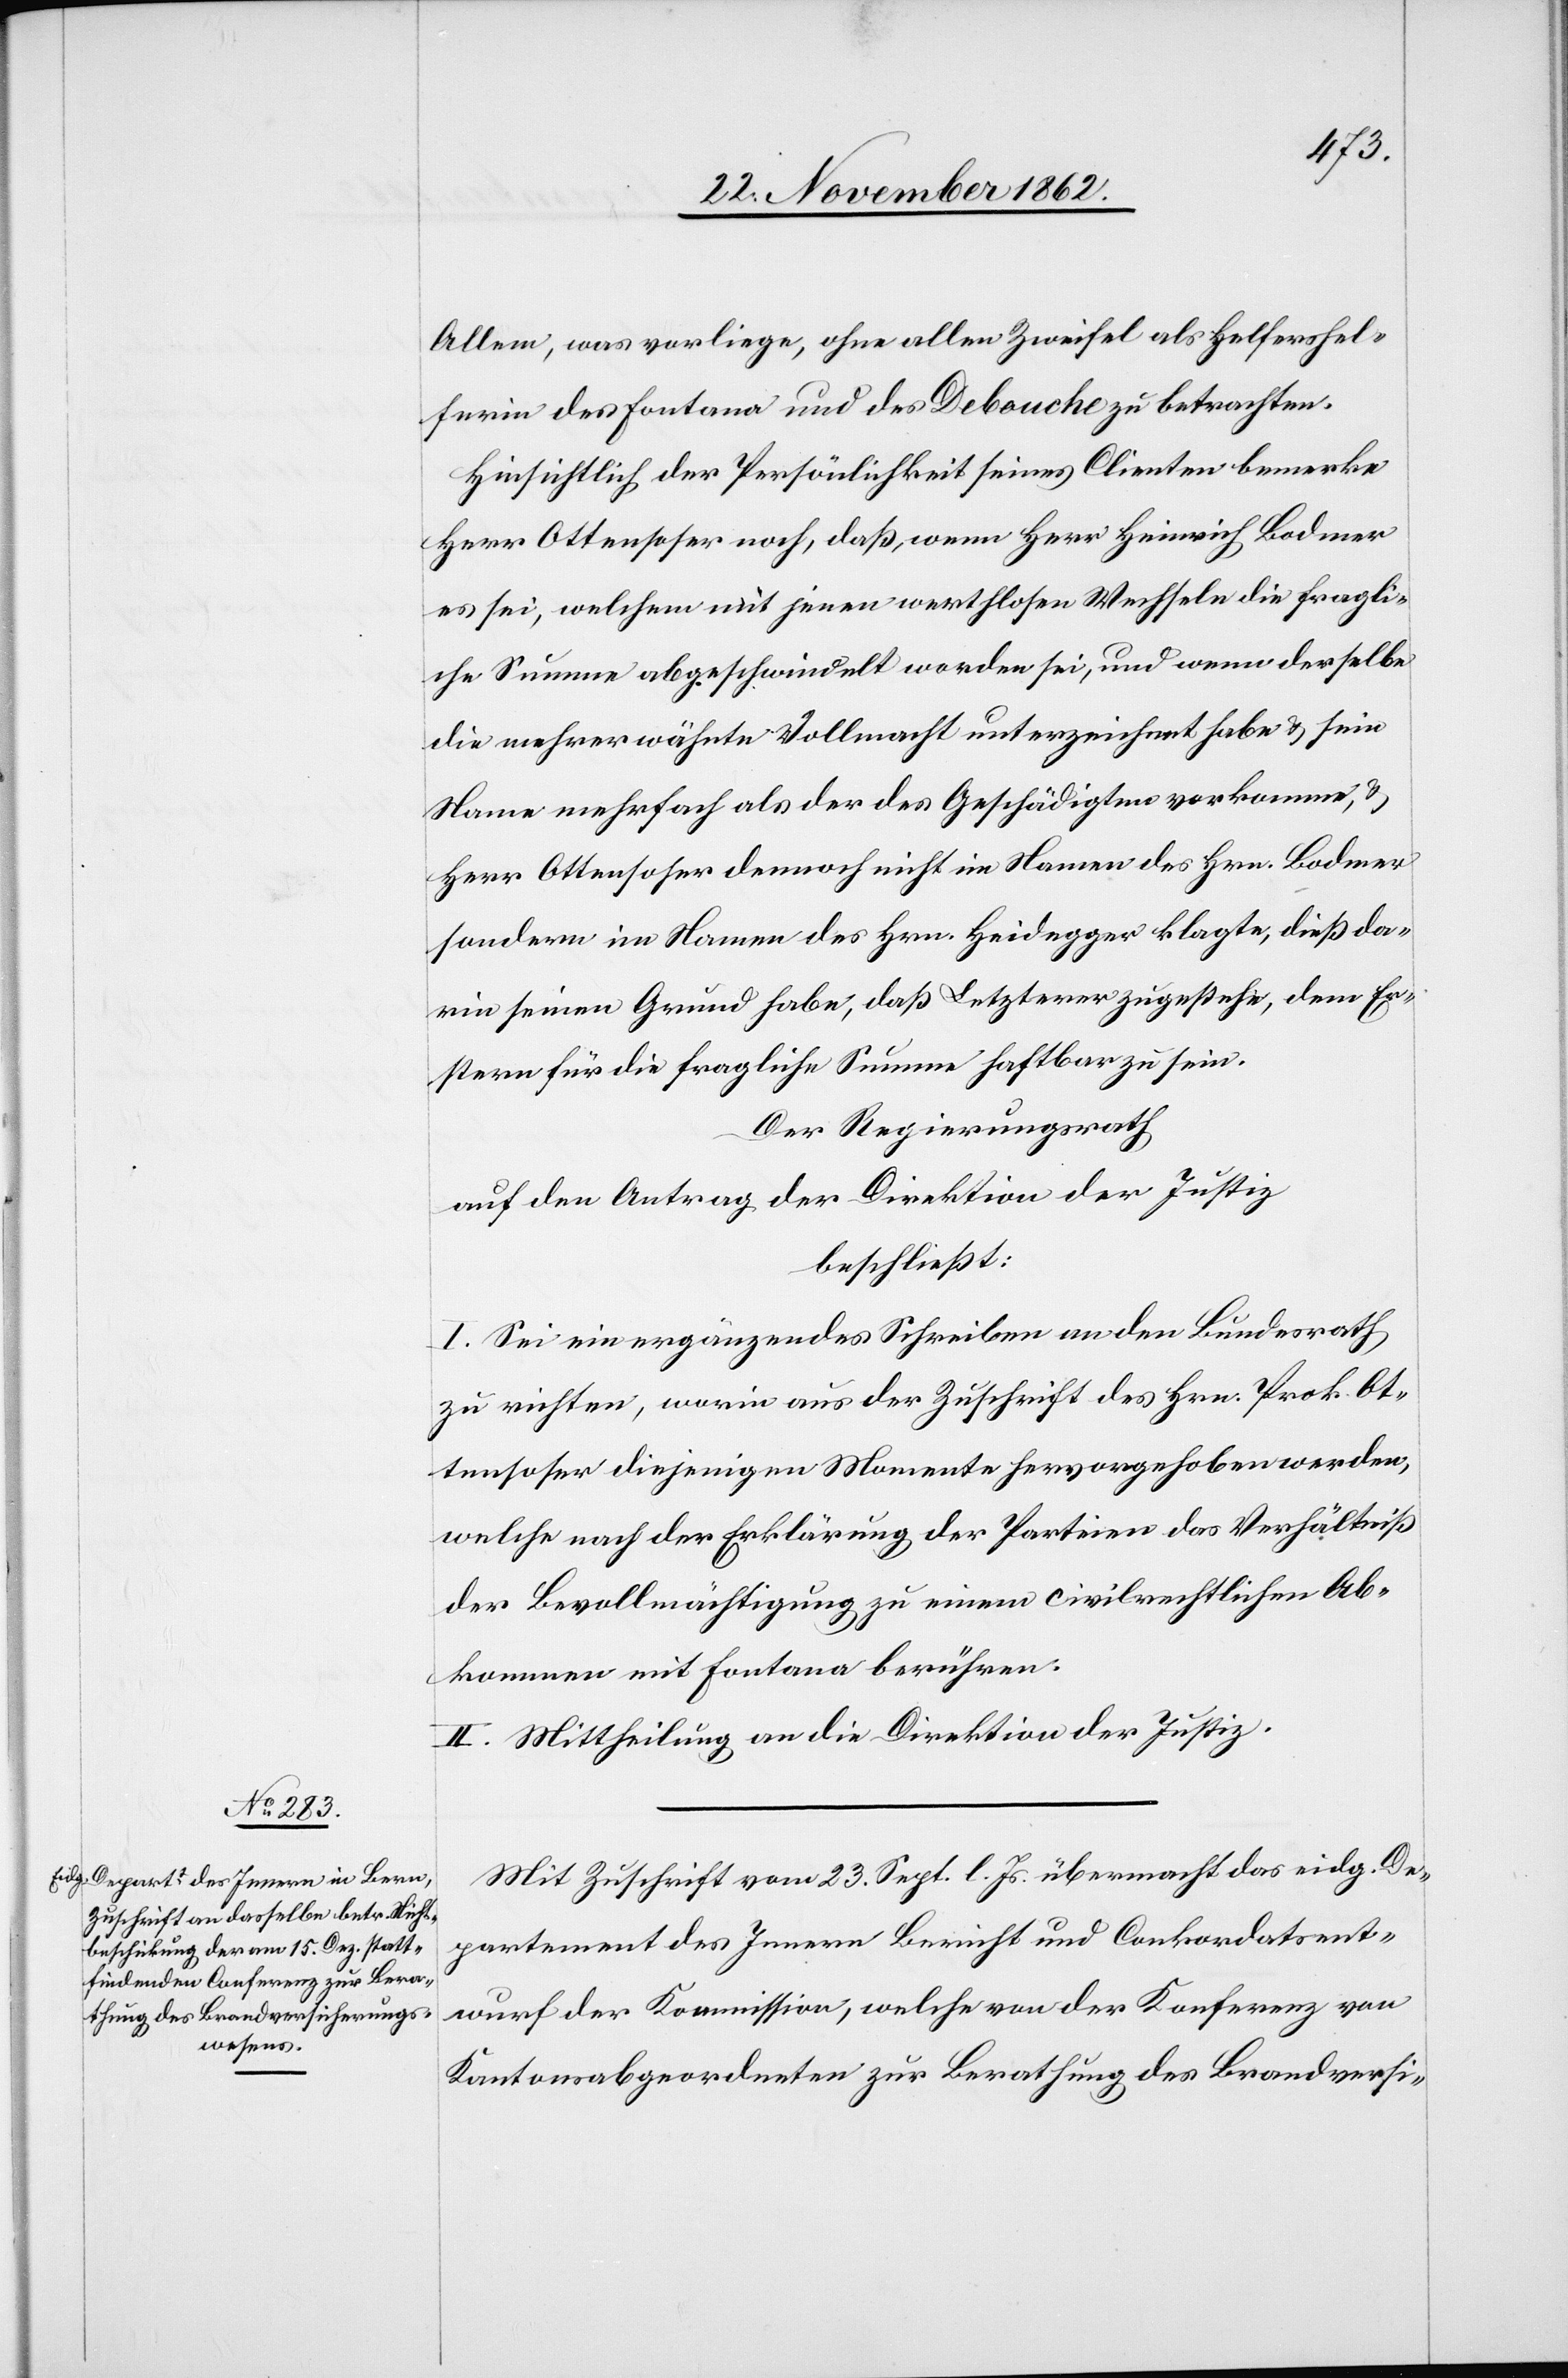
Allem, was vorliege, ohne allen Zweifel als Helfershel¬
ferin des Fontana und des Debouche zu betrachten.
Hinsichtlich der Persönlichkeit seines Clienten bemerke
Herr Ottensoser noch, daß, wenn Herr Heinrich Bodmer
es sei, welchem mit jenen werthlosen Wechseln die fragli¬
che Summe abgeschwindelt worden sei, und wenn derselbe
die mehrerwähnte Vollmacht unterzeichnet habe u. sein
Namen mehrfach als der des Geschädigten vorkomme, u.
Herr Ottensoser dennoch nicht im Namen des Hrn. Bodmer
sondern im Namen des Hrn. Heidegger klagte, dieß da¬
rin seinen Grund habe, daß Letzterer zugestehe, dem Er¬
stern für die fragliche Summe haftbar zu sein.
Der Regierungsrath
auf den Antrag der Direktion der Justiz
beschließt:
I. Sei ein ergänzendes Schreiben an den Bundesrath
zu richten, worin aus der Zuschrift des Hrn. Prok. Ot¬
tensoser diejenigen Momente hervorgehoben werden,
welche nach der Erklärung der Parteien das Verhältniß
der Bevollmächtigung zu einem civilrechtlichen Ab¬
kommen mit Fontana berühren.
II. Mitheilung an die Direktion der Justiz.
Mit Zuschrift vom 23. Sept. l. s. übermacht das eidg. De¬
partement des Innern Bericht und Conkordatsent¬
wurf der Kommission, welche von der Konferenz von
Kantonsabgeordneten zur Berathung des Brandversi-